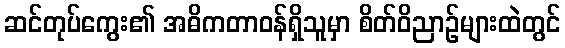
ဆင်တုပ်ကွေး၏ အဓိကတာဝန်ရှိသူမှာ စိတ်ဝိညာဉ်များထဲတွင်